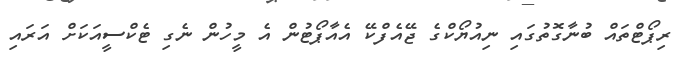
ރިޕޯޓްތައް ބުނާގޮތުގައި ނިއުޔޯކްގެ ޖޭއެފްކޭ އެއާޕޯޓުން އެ މީހުން ނެގި ޓެކްސީއަކަށް އަރައި